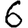
Digit: 6